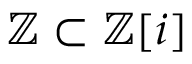
\mathbb { Z } \subset \mathbb { Z } [ i ]